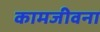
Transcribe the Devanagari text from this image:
कामजीवना